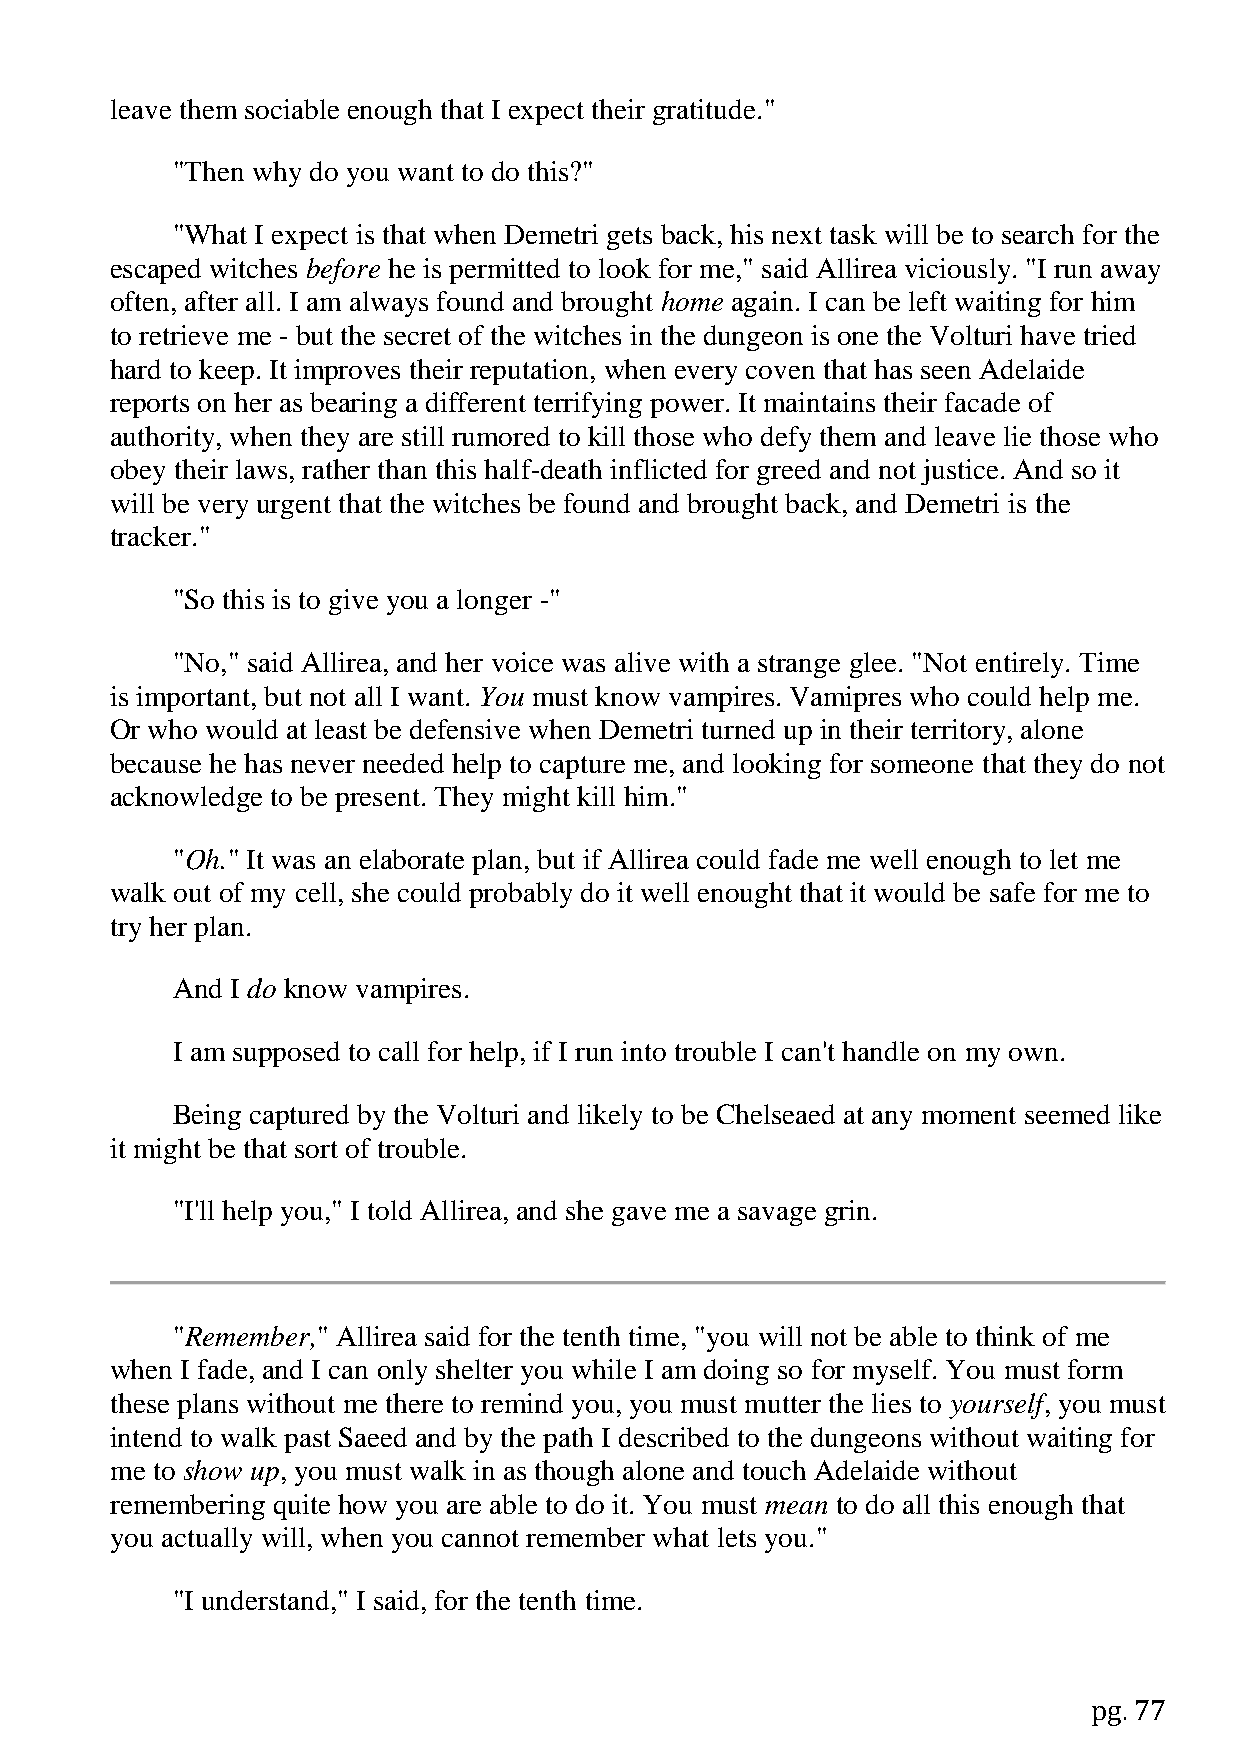
leave them sociable enough that I expect their gratitude."
 "Then why do you want to do this?"
 "What I expect is that when Demetri gets back, his next task will be to search for the
 escaped witches before he is permitted to look for me," said Allirea viciously. "I run away
 often, after all. I am always found and brought home again. I can be left waiting for him
 to retrieve me - but the secret of the witches in the dungeon is one the Volturi have tried
 hard to keep. It improves their reputation, when every coven that has seen Adelaide
 reports on her as bearing a different terrifying power. It maintains their facade of
 authority, when they are still rumored to kill those who defy them and leave lie those who
 obey their laws, rather than this half-death inflicted for greed and not justice. And so it
 will be very urgent that the witches be found and brought back, and Demetri is the
 tracker."
 "So this is to give you a longer -"
 "No," said Allirea, and her voice was alive with a strange glee. "Not entirely. Time
 is important, but not all I want. You must know vampires. Vamipres who could help me.
 Or who would at least be defensive when Demetri turned up in their territory, alone
 because he has never needed help to capture me, and looking for someone that they do not
 acknowledge to be present. They might kill him."
 "Oh." It was an elaborate plan, but if Allirea could fade me well enough to let me
 walk out of my cell, she could probably do it well enought that it would be safe for me to
 try her plan.
 And I do know vampires.
 I am supposed to call for help, if I run into trouble I can't handle on my own.
 Being captured by the Volturi and likely to be Chelseaed at any moment seemed like
 it might be that sort of trouble.
 "I'll help you," I told Allirea, and she gave me a savage grin.
 "Remember," Allirea said for the tenth time, "you will not be able to think of me
 when I fade, and I can only shelter you while I am doing so for myself. You must form
 these plans without me there to remind you, you must mutter the lies to yourself, you must
 intend to walk past Saeed and by the path I described to the dungeons without waiting for
 me to show up, you must walk in as though alone and touch Adelaide without
 remembering quite how you are able to do it. You must mean to do all this enough that
 you actually will, when you cannot remember what lets you."
 "I understand," I said, for the tenth time.
 pg. 77